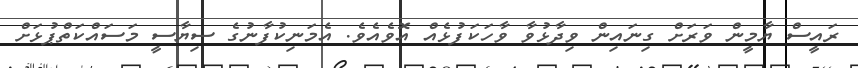
ރައީސް ޔާމީން ވަރަށް ގިނައިން ވިދާޅުވާ ވާހަކަފުޅެއް އޮވެއެވެ. އެމަނިކުފާނުގެ ސިޔާސީ މަސައްކަތްޕުޅަށް